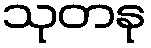
သုတနု